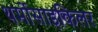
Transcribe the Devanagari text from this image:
थर्मोसाइकिलर